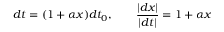
d t = ( 1 + \alpha x ) d t _ { 0 } , \qquad { \frac { | d x | } { | d t | } } = 1 + \alpha x